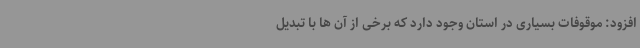
افزود: موقوفات بسیاری در استان وجود دارد که برخی از آن ها با تبدیل